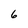
Character: 6